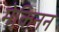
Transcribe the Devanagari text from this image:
मेकिनन